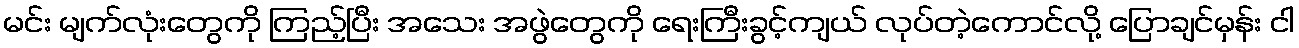
မင်း မျက်လုံးတွေကို ကြည့်ပြီး အသေး အဖွဲတွေကို ရေးကြီးခွင့်ကျယ် လုပ်တဲ့ကောင်လို့ ပြောချင်မှန်း ငါ